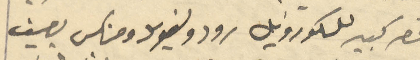
قصر كبير للكورونيل رودو لفريد ومنكس يصيف